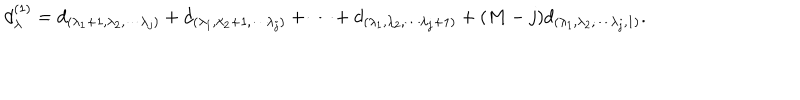
d _ { \lambda } ^ { ( 1 ) } = d _ { ( \lambda _ { 1 } + 1 , \lambda _ { 2 } , \cdots \lambda _ { j } ) } + d _ { ( \lambda _ { 1 } , \lambda _ { 2 } + 1 , \cdots \lambda _ { j } ) } + \cdots + d _ { ( \lambda _ { 1 } , \lambda _ { 2 } , \cdots \lambda _ { j } + 1 ) } + ( M - j ) d _ { ( \lambda _ { 1 } , \lambda _ { 2 } , \cdots \lambda _ { j } , 1 ) } .